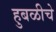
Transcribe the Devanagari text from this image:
हुबळीचे